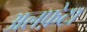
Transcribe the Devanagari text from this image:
अलफ़ेटा